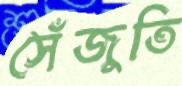
সেঁজুতি